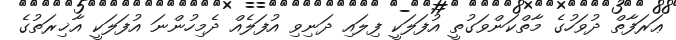
ޢަރަފާތް ދުވަހުގެ މާތްކަންވަގުތީ އުފަލަކީ ފިލައި ދަނިވި އުފަލެއް ދެމިހުންނަ އުފަލަކީ އާޚިރަތުގެ